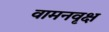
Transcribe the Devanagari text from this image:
वामनवृक्ष